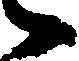
々